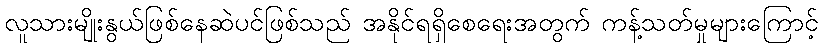
လူသားမျိုးနွယ်ဖြစ်နေဆဲပင်ဖြစ်သည် အနိုင်ရရှိစေရေးအတွက် ကန့်သတ်မှုများကြောင့်